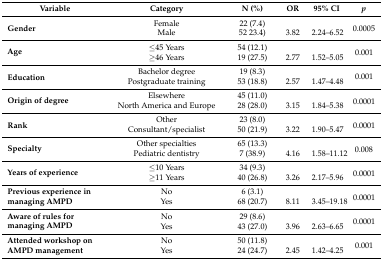
<table><thead><tr><td><b>Variable</b></td><td><b>Category</b></td><td><b>N (%)</b></td><td><b>OR</b></td><td><b>95% CI</b></td><td><b><i>p</i></b></td></tr></thead><tbody><tr><td rowspan="2"><b>Gender</b></td><td>Female</td><td>22 (7.4)</td><td></td><td></td><td rowspan="2">0.0005</td></tr><tr><td>Male</td><td>52 23.4)</td><td>3.82</td><td>2.24–6.52</td></tr><tr><td rowspan="2"><b>Age</b></td><td>≤45 Years</td><td>54 (12.1)</td><td></td><td></td><td rowspan="2">0.001</td></tr><tr><td>≥46 Years</td><td>19 (27.5)</td><td>2.77</td><td>1.52–5.05</td></tr><tr><td rowspan="2"><b>Education</b></td><td>Bachelor degree</td><td>19 (8.3)</td><td></td><td></td><td rowspan="2">0.001</td></tr><tr><td>Postgraduate training</td><td>53 (18.8)</td><td>2.57</td><td>1.47–4.48</td></tr><tr><td rowspan="2"><b>Origin of degree</b></td><td>Elsewhere</td><td>45 (11.0)</td><td></td><td></td><td rowspan="2">0.0001</td></tr><tr><td>North America and Europe</td><td>28 (28.0)</td><td>3.15</td><td>1.84–5.38</td></tr><tr><td rowspan="2"><b>Rank</b></td><td>Other</td><td>23 (8.0)</td><td></td><td></td><td rowspan="2">0.0001</td></tr><tr><td>Consultant/specialist</td><td>50 (21.9)</td><td>3.22</td><td>1.90–5.47</td></tr><tr><td rowspan="2"><b>Specialty</b></td><td>Other specialties</td><td>65 (13.3)</td><td></td><td></td><td rowspan="2">0.008</td></tr><tr><td>Pediatric dentistry</td><td>7 (38.9)</td><td>4.16</td><td>1.58–11.12</td></tr><tr><td rowspan="2"><b>Years of experience</b></td><td>≤10 Years</td><td>34 (9.3)</td><td></td><td></td><td rowspan="2">0.0001</td></tr><tr><td>≥11 Years</td><td>40 (26.8)</td><td>3.26</td><td>2.17–5.96</td></tr><tr><td rowspan="2"><b>Previous experience in managing AMPD</b></td><td>No</td><td>6 (3.1)</td><td></td><td></td><td rowspan="2">0.0001</td></tr><tr><td>Yes</td><td>68 (20.7)</td><td>8.11</td><td>3.45–19.18</td></tr><tr><td rowspan="2"><b>Aware of rules for managing AMPD</b></td><td>No</td><td>29 (8.6)</td><td></td><td></td><td rowspan="2">0.0001</td></tr><tr><td>Yes</td><td>43 (27.0)</td><td>3.96</td><td>2.63–6.65</td></tr><tr><td rowspan="2"><b>Attended workshop on AMPD management</b></td><td>No</td><td>50 (11.8)</td><td></td><td></td><td rowspan="2">0.001</td></tr><tr><td>Yes</td><td>24 (24.7)</td><td>2.45</td><td>1.42–4.25</td></tr></tbody></table>